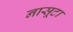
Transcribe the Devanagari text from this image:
नासूटा